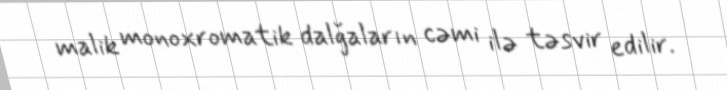
malik monoxromatik dalğaların cəmi ilə təsvir edilir.